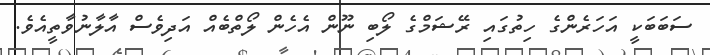
ސަބަބަކީ އަހަރެންގެ ހިތުގައި ރޭޝަމްގެ ލޯބި ނޫން އެހެން ލޯތްބެއް އަދިވެސް އާލާނުވާތީއެވެ.